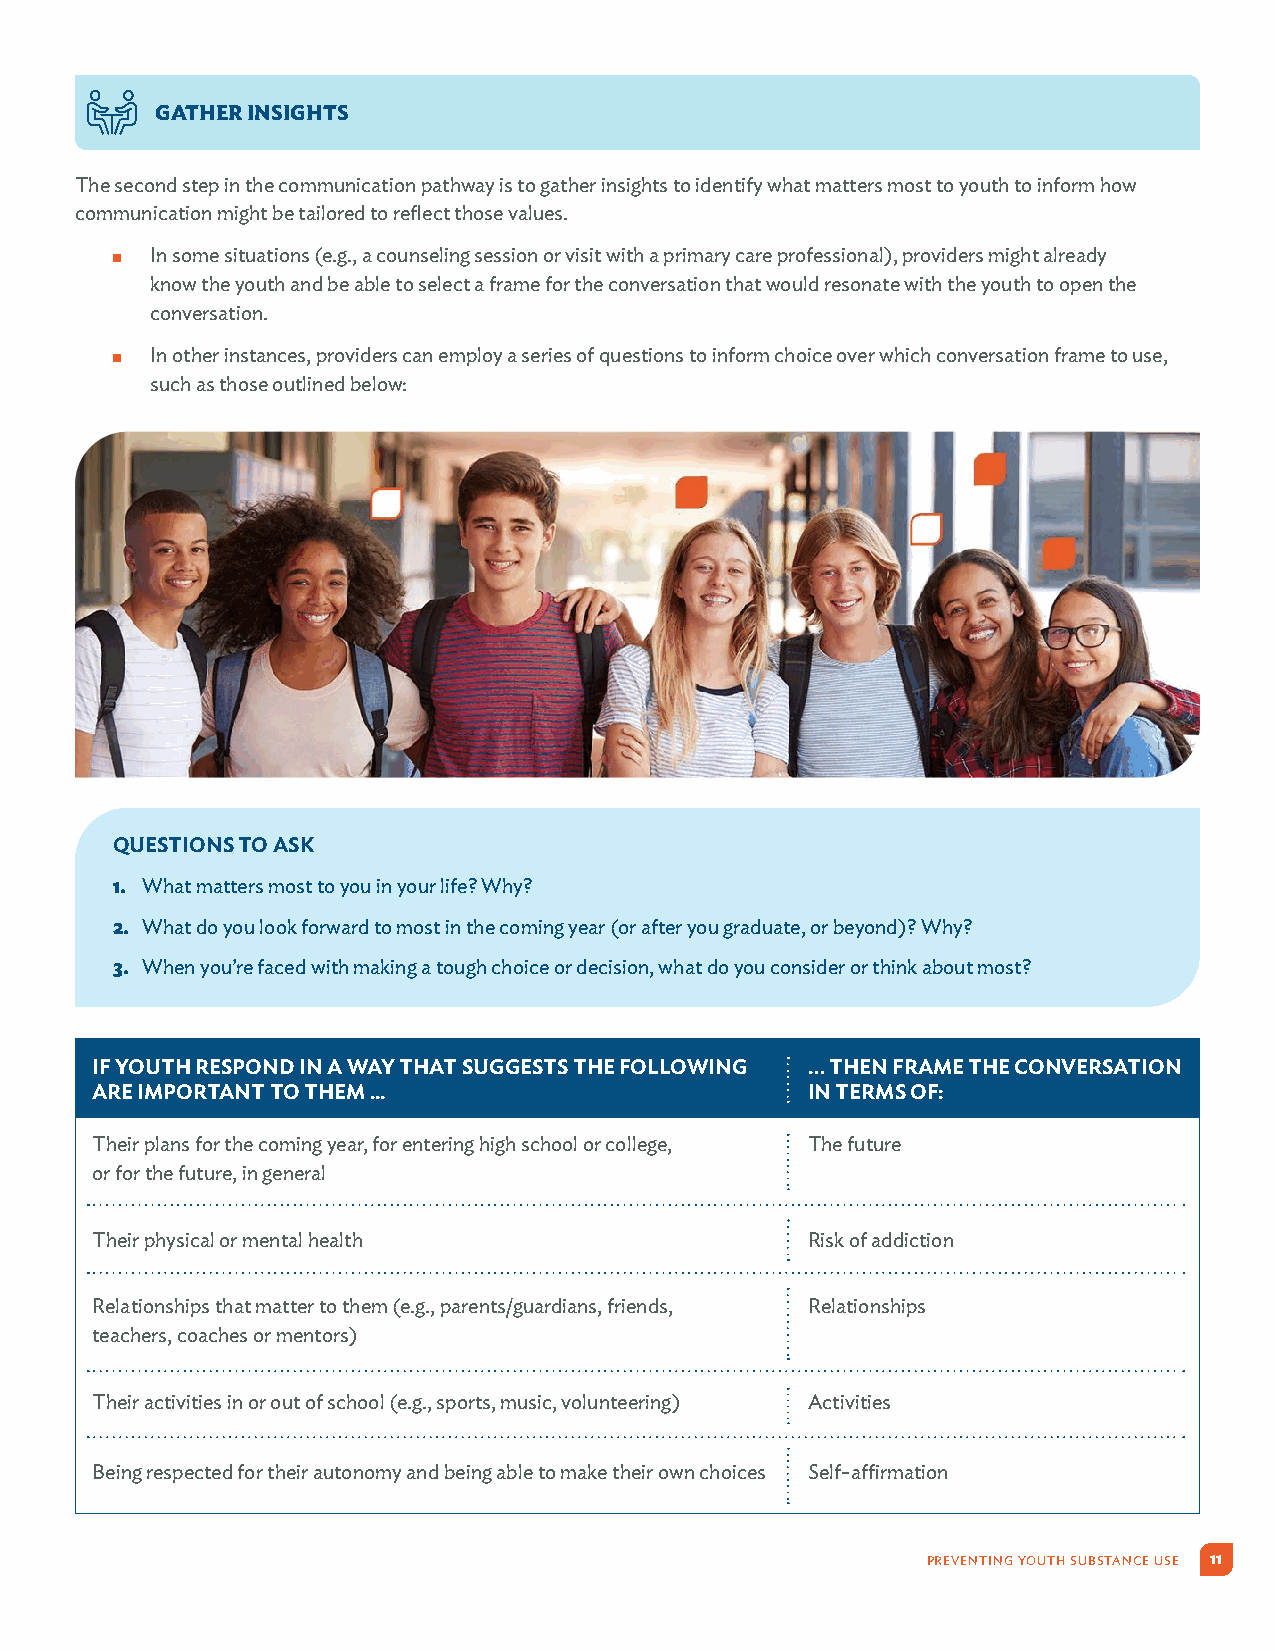
GATHER INSIGHTS
 The second step in the communication pathway is to gather insights to identify what matters most to youth to inform how
 communication might be tailored to reflect those values.
 ų  In some situations (e.g., a counseling session or visit with a primary care professional), providers might already
 know the youth and be able to select a frame for the conversation that would resonate with the youth to open the
 conversation.
 ų  In other instances, providers can employ a series of questions to inform choice over which conversation frame to use,
 such as those outlined below:
 QUESTIONS TO ASK
 1. What matters most to you in your life? Why?
 2. What do you look forward to most in the coming year (or after you graduate, or beyond)? Why?
 3. When you’re faced with making a tough choice or decision, what do you consider or think about most?
 IF YOUTH RESPOND IN A WAY THAT SUGGESTS THE FOLLOWING … THEN FRAME THE CONVERSATION
 ARE IMPORTANT TO THEM ...                      IN TERMS OF:
 Their plans for the coming year, for entering high school or college, The future
 or for the future, in general
 Their physical or mental health                Risk of addiction
 Relationships that matter to them (e.g., parents/guardians, friends, Relationships
 teachers, coaches or mentors)
 Their activities in or out of school (e.g., sports, music, volunteering) Activities
 Being respected for their autonomy and being able to make their own choices Self-affirmation
 PREVENTING YOUTH SUBSTANCE USE 11